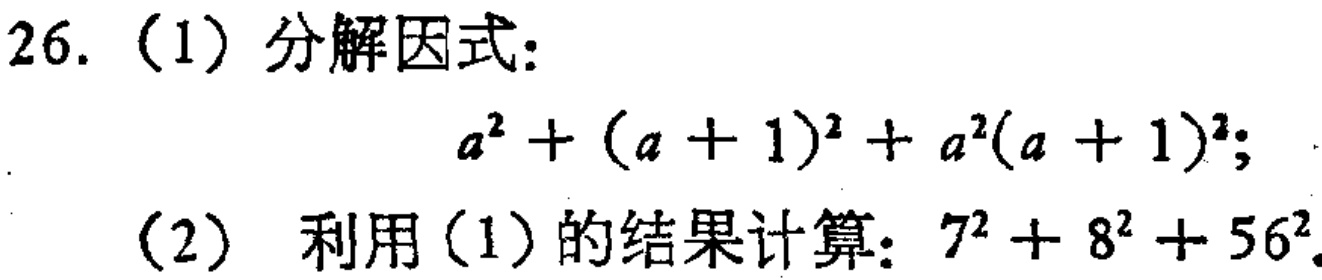
26.（1）分解因式：

\[

a^{2}+(a + 1)^{2}+a^{2}(a + 1)^{2};

\]

（2）利用（1）的结果计算：\(7^{2}+8^{2}+56^{2}\)。